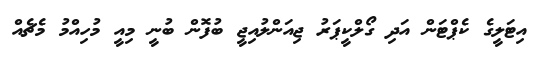
އިޓަލީގެ ކެޕްޓަން އަދި ގޯލްކީޕަރު ޖިއަންލުއިޖީ ބުފޮން ބުނީ މިއީ މުހިއްމު މެޗެއް